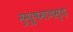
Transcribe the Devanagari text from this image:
मुमूर्षमाणस्य